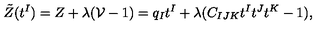
\tilde { Z } ( t ^ { I } ) = Z + \lambda ( { \cal V } - 1 ) = q _ { I } t ^ { I } + \lambda ( C _ { I J K } t ^ { I } t ^ { J } t ^ { K } - 1 ) ,